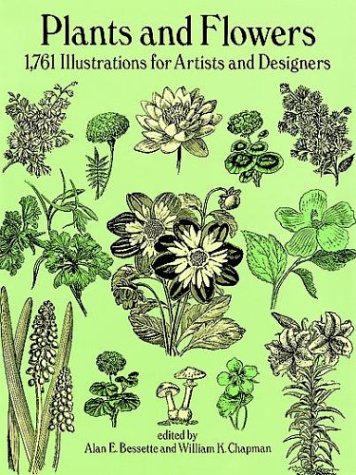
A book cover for Plants and Flowers: 1761 Illustrations for Artists and Designers (Dover Pictorial Archive); Arts & Photography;